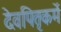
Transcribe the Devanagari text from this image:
देवपितृकर्मे